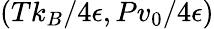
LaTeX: (Tk_{B}/4\epsilon,Pv_{0}/4\epsilon)